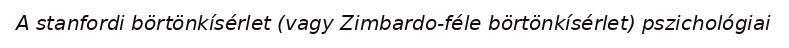
A stanfordi börtönkísérlet (vagy Zimbardo-féle börtönkísérlet) pszichológiai